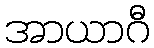
အာယာဂီ